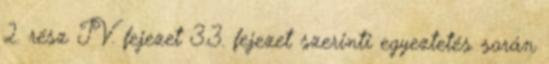
2. rész IV. fejezet 3.3. fejezet szerinti egyeztetés során